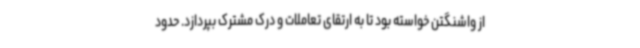
از واشنگتن خواسته بود تا به ارتقای تعاملات و درک مشترک بپردازد. حدود